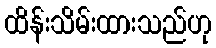
ထိန်းသိမ်းထားသည်ဟု